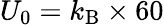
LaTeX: U_{0}=k_{\mathrm{B}}\times 60